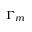
\Gamma _ { m }